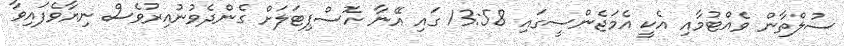
ސުލްތާން ވެއްޓުމާއި އެކީ އެމަޖެންސީގައި 13:58 ގައި އޭނާ ހޮސްޕިޓަލަށް ގެންދެވުނުއިރުވެސް ނިޔާވެފައިވާ